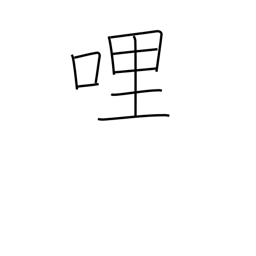
Meaning: mile